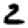
Digit: 2